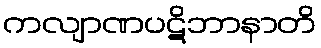
ကလျာဏပဋိဘာနာတိ